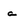
Character: a